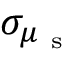
\sigma _ { \mu _ { \mathrm { ~ s ~ } } }